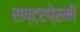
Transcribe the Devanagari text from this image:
राष्ट्रपे्रमी